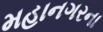
મહાનગરના